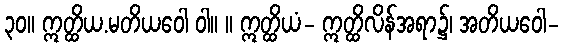
၃၀။ ဣတ္ထိယ.မတိယဝေါ ဝါ။ ။ ဣတ္ထိယံ- ဣတ္ထိလိန်အရာ၌၊ အတိယဝေါ-